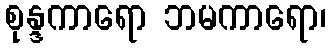
စုန္ဒကာရော ဘမကာရော၊